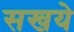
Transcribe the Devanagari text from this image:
सखये